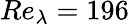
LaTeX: Re_{\lambda}=196